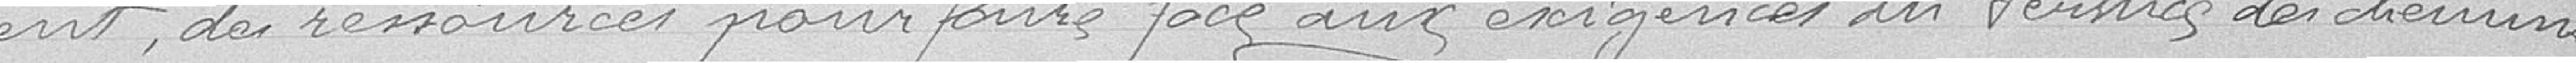
présent, des ressources pour faire face aux exigences des services des chemins